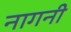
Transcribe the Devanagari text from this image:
नागनी